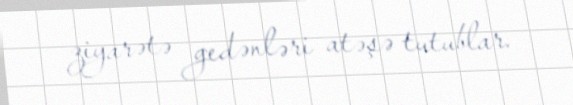
ziyarətə gedənləri atəşə tutublar.